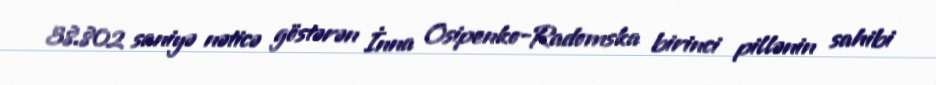
38.802 saniyə nəticə göstərən İnna Osipenko-Radomska birinci pillənin sahibi